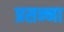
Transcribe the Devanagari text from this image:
प्रसन्‍ना